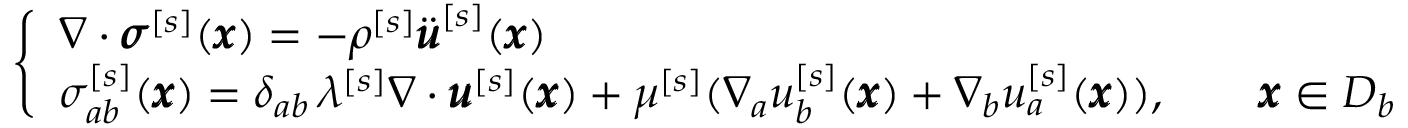
\left\{ \begin{array} { l l } { \nabla \cdot { \pmb \sigma } ^ { [ s ] } ( { \pmb x } ) = - \rho ^ { [ s ] } \ddot { \pmb u } ^ { [ s ] } ( { \pmb x } ) } \\ { { \sigma } _ { a b } ^ { [ s ] } ( { \pmb x } ) = \delta _ { a b } \, \lambda ^ { [ s ] } \nabla \cdot { \pmb u } ^ { [ s ] } ( { \pmb x } ) + \mu ^ { [ s ] } ( \nabla _ { a } u _ { b } ^ { [ s ] } ( { \pmb x } ) + \nabla _ { b } u _ { a } ^ { [ s ] } ( { \pmb x } ) ) , \qquad { \pmb x } \in D _ { b } } \end{array} \right.